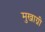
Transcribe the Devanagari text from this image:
मुखाग्नी